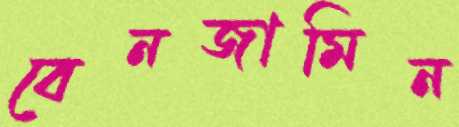
বেনজামিন